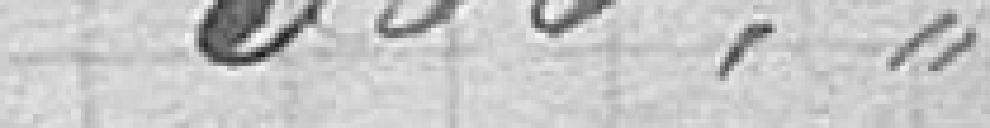
500